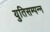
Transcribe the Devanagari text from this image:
युतिसम्पन्न